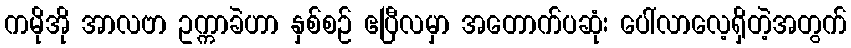
ကမိုအို အာလဗာ ဥက္ကာခဲဟာ နှစ်စဉ် ဧပြီလမှာ အတောက်ပဆုံး ပေါ်လာလေ့ရှိတဲ့အတွက်